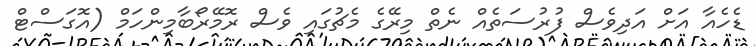
ޑެހެއާ އަށް އަދިވެސް ފުރުސަތެއް ނެތް މިރޭގެ މެޗުގައި ވެސް ރޮމޭރޯބާމިންހަމް (އޮގަސްޓް